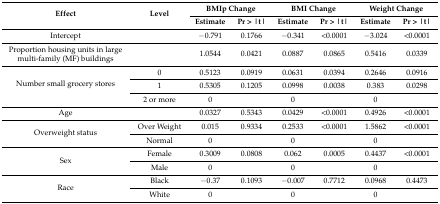
<table><thead><tr><td rowspan="2"><b>Effect</b></td><td rowspan="2"><b>Level</b></td><td colspan="2"><b>BMIp Change</b></td><td colspan="2"><b>BMI Change</b></td><td colspan="2"><b>Weight Change</b></td></tr><tr><td><b>Estimate</b></td><td><b>Pr &gt; |t|</b></td><td><b>Estimate</b></td><td><b>Pr &gt; |t|</b></td><td><b>Estimate</b></td><td><b>Pr &gt; |t|</b></td></tr></thead><tbody><tr><td>Intercept</td><td></td><td>−0.791</td><td>0.1766</td><td>−0.341</td><td>&lt;0.0001</td><td>−3.024</td><td>&lt;0.0001</td></tr><tr><td>Proportion housing units in large multi-family (MF) buildings</td><td></td><td>1.0544</td><td>0.0421</td><td>0.0887</td><td>0.0865</td><td>0.5416</td><td>0.0339</td></tr><tr><td rowspan="3">Number small grocery stores</td><td>0</td><td>0.5123</td><td>0.0919</td><td>0.0631</td><td>0.0394</td><td>0.2646</td><td>0.0916</td></tr><tr><td>1</td><td>0.5305</td><td>0.1205</td><td>0.0998</td><td>0.0038</td><td>0.383</td><td>0.0298</td></tr><tr><td>2 or more</td><td>0</td><td></td><td>0</td><td></td><td>0</td><td></td></tr><tr><td>Age</td><td></td><td>0.0327</td><td>0.5343</td><td>0.0429</td><td>&lt;0.0001</td><td>0.4926</td><td>&lt;0.0001</td></tr><tr><td rowspan="2">Overweight status</td><td>Over Weight</td><td>0.015</td><td>0.9334</td><td>0.2533</td><td>&lt;0.0001</td><td>1.5862</td><td>&lt;0.0001</td></tr><tr><td>Normal</td><td>0</td><td></td><td>0</td><td></td><td>0</td><td></td></tr><tr><td rowspan="2">Sex</td><td>Female</td><td>0.3009</td><td>0.0808</td><td>0.062</td><td>0.0005</td><td>0.4437</td><td>&lt;0.0001</td></tr><tr><td>Male</td><td>0</td><td></td><td>0</td><td></td><td>0</td><td></td></tr><tr><td rowspan="2">Race</td><td>Black</td><td>−0.37</td><td>0.1093</td><td>−0.007</td><td>0.7712</td><td>0.0968</td><td>0.4473</td></tr><tr><td>White</td><td>0</td><td></td><td>0</td><td></td><td>0</td><td></td></tr></tbody></table>